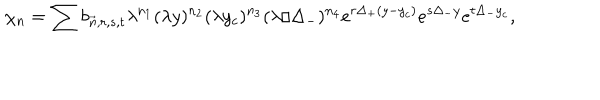
~ \chi _ { n } = \sum b _ { \vec { n } , r , s , t } \lambda ^ { n _ { 1 } } ( \lambda y ) ^ { n _ { 2 } } ( \lambda y _ { c } ) ^ { n _ { 3 } } ( \lambda / \Delta _ { - } ) ^ { n _ { 4 } } e ^ { r \Delta _ { + } ( y - y _ { c } ) } e ^ { s \Delta _ { - } y } e ^ { t \Delta _ { - } y _ { c } } ,